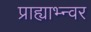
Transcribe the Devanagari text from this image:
प्राह्याभ्न्वर